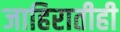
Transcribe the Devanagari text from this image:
जाहिरातीही